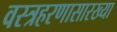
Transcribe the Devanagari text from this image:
वस्त्रहरणासारख्या